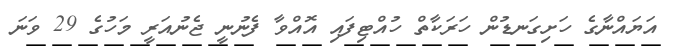
އަޔައްނާގެ ހަށިގަނޑުން ހަރަކާތް ހުއްޓިފައި އޮއްވާ ފެނުނީ ޖެނުއަރީ މަހުގެ 29 ވަނަ